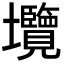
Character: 𡔑